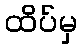
ထိပ်မှ